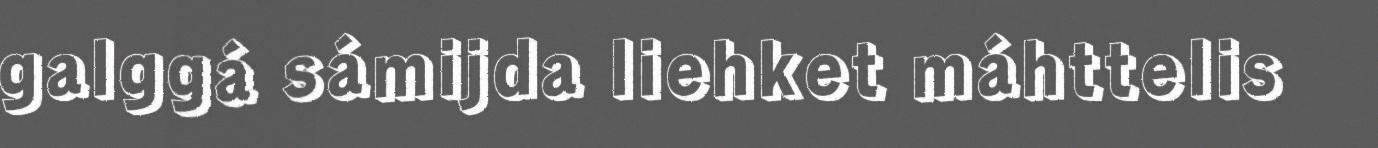
galggá sámijda liehket máhttelis